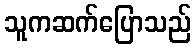
သူကဆက်ပြောသည်